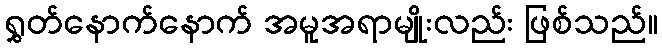
ရွှတ်နောက်နောက် အမူအရာမျိုးလည်း ဖြစ်သည်။